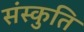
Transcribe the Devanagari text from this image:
संस्कुति